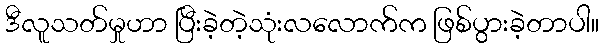
ဒီလူသတ်မှုဟာ ပြီးခဲ့တဲ့သုံးလလောက်က ဖြစ်ပွားခဲ့တာပါ။